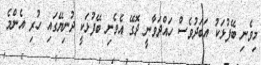
މިވެނި ބޭފުޅަކު އަބަދުވެސް ހައްދަވާނީ ދޮގޭ އެވެނި ބޭފުޅަކީ ދުނިޔޭގައި ހުރި އެންމެ